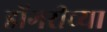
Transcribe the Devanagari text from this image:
डोंगरीच्या